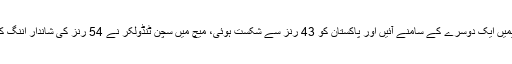
یہ پہلا موقع تھا جب ورلڈ کپ میں دونوں ٹیمیں ایک دوسرے کے سامنے آئیں اور پاکستان کو 43 رنز سے شکست ہوئی، میچ میں سچن ٹنڈولکر نے 54 رنز کی شاندار اننگ کھیل کر اپنے شاندار مستقبل کی نوید سنائی۔